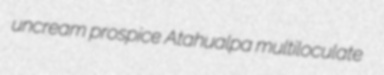
uncream prospice Atahualpa multiloculate